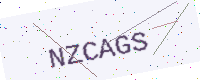
Text: NZCAGS